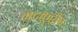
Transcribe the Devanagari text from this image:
मदकूद्वीप